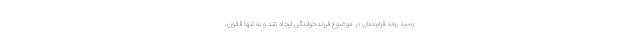
رسید روند فزاینده‌ای در موضوع فرزندخواندگی ایجاد شد و نه تنها قانون،